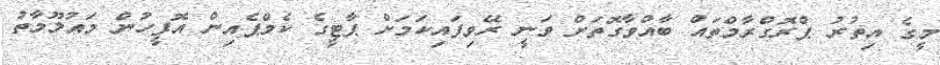
މީގެ އިތުރު ޕްރޮގްރާމްތައް ބާއްވާގޮތަށް ވަނީ ރޭވިފައިކަމަށް ޕާޓީގެ ކެމްޕެއިން އޮފީހުން މައުލޫމާތު